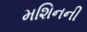
મશિનની